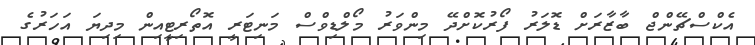
އެކްސްޗޭންޖް ބާޒާރަށް ޑޮލަރު ފޯރުކޮށްދޭ މިންވަރު މޯލްޑިވްސް މަނިޓަރީ އޮތޯރިޓީއިން މިދިޔަ އަހަރުގެ